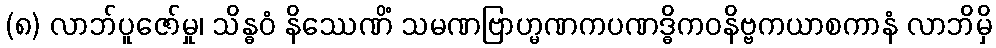
(၈) လာဘ်ပူဇော်မှု၊ သိန္ဓဝံ နိဿေဏိံ သမဏဗြာဟ္မဏကပဏဒ္ဓိကဝနိဗ္ဗကယာစကာနံ လာဘိမှိ